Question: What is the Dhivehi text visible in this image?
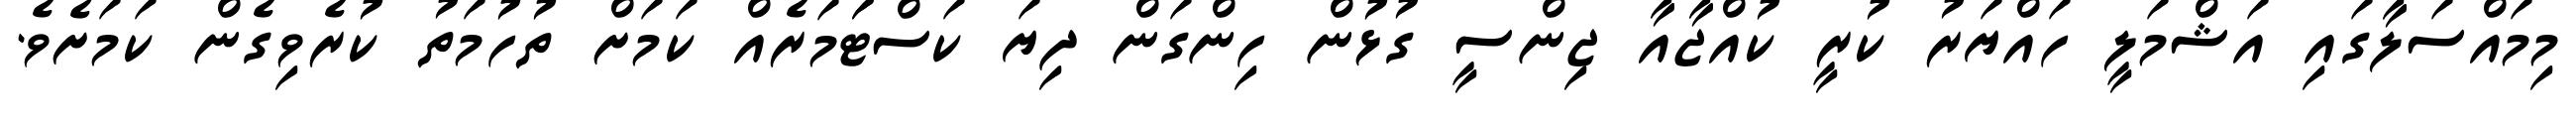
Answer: މިމައްސަލާގައި އަޝްމަލީ ހައްޔަރު ކުރީ ކުއްޖާއާ ޖިންސީ ގުޅުން ހިންގަން ދިޔަ ކަސްޓަަމަރެއް ކަމަށް ތުހުމަތު ކުރެވިގެން ކަމަށެވެ.